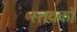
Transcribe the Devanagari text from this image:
स्तवकों